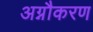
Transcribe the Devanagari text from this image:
अग्नौकरण